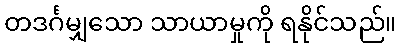
တဒင်္ဂမျှသော သာယာမှုကို ရနိုင်သည်။